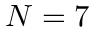
N = 7